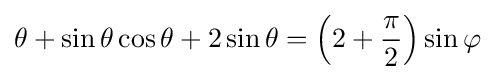
\theta +\sin \theta \cos \theta +2\sin \theta =\left(2+{\frac {\pi }{2}}\right)\sin \varphi